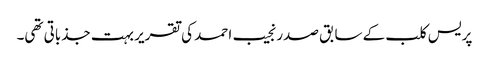
پریس کلب کے سابق صدر نجیب احمد کی تقریر بہت جذباتی تھی۔